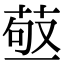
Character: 𦱩